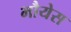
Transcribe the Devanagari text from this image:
भौयेस